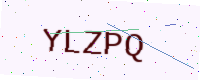
Text: YLZPQ